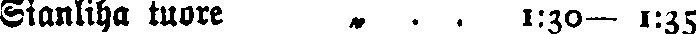
Sianliha tuore „ . . 1:30— 1:35